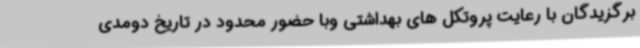
برگزیدگان با رعایت پروتکل های بهداشتی وبا حضور محدود در تاریخ دومدی